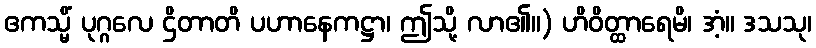
ဧကသ္မိံ ပုဂ္ဂလေ ဌိတာတိ ပဟာနေကဋ္ဌာ၊ ဤသို့ လာ၏။) ဟိဝိတ္ထာရေမိ၊ အံ့။ ဒသသု၊